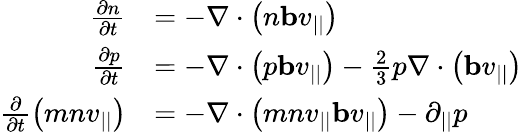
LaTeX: \begin{array}{rl}{\frac{\partial n}{\partial t}}&{=-\nabla\cdot\left(n\mathbf{b}v_{||}\right)}\\ {\frac{\partial p}{\partial t}}&{=-\nabla\cdot\left(p\mathbf{b}v_{||}\right)-\frac{2}{3}p\nabla\cdot\left(\mathbf{b}v_{||}\right)}\\ {\frac{\partial}{\partial t}\left(mnv_{||}\right)}&{=-\nabla\cdot\left(mnv_{||}\mathbf{b}v_{||}\right)-\partial_{||}p}\end{array}